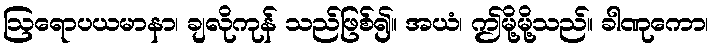
ဩရောပယမာနာ၊ ချလိုကုန် သည်ဖြစ်၍။ အယံ၊ ဤမို့မို့သည်။ ခါဏုကော၊